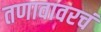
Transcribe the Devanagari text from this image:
तणावावरचं